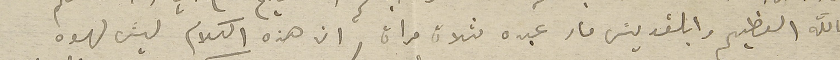
بالله العظيم وابالقديسَ مار عبده ثلاث مرات ان هذه الكلام ليسَ لهوه